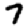
Digit: 7